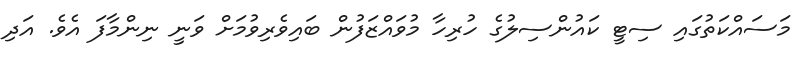
މަސައްކަތުގައި ސިޓީ ކައުންސިލުގެ ހުރިހާ މުވައްޒަފުން ބައިވެރިވުމަށް ވަނީ ނިންމާފަ އެވެ. އަދި